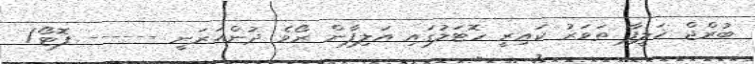
ބުރްޖް ޚަލީފާ ތަވަރު ކައިރީ ހޮޓަލުގައި އަލިފާން ރޯވެ ދުންއަރަނީ ------ ފޮޓޯ/